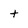
Character: t